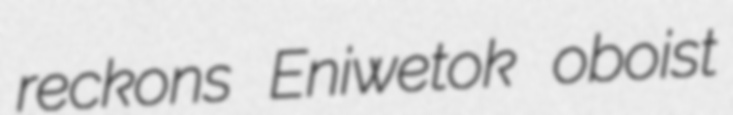
reckons Eniwetok oboist